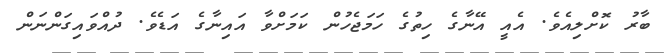
ބާރު ކޮށްލިއެވެ. އެއީ އޭނާގެ ހިތުގެ ހަމަޖެހުން ކަމަށްވާ އައިނާގެ އަޑެވެ. ދުއްވައިގަންނަން